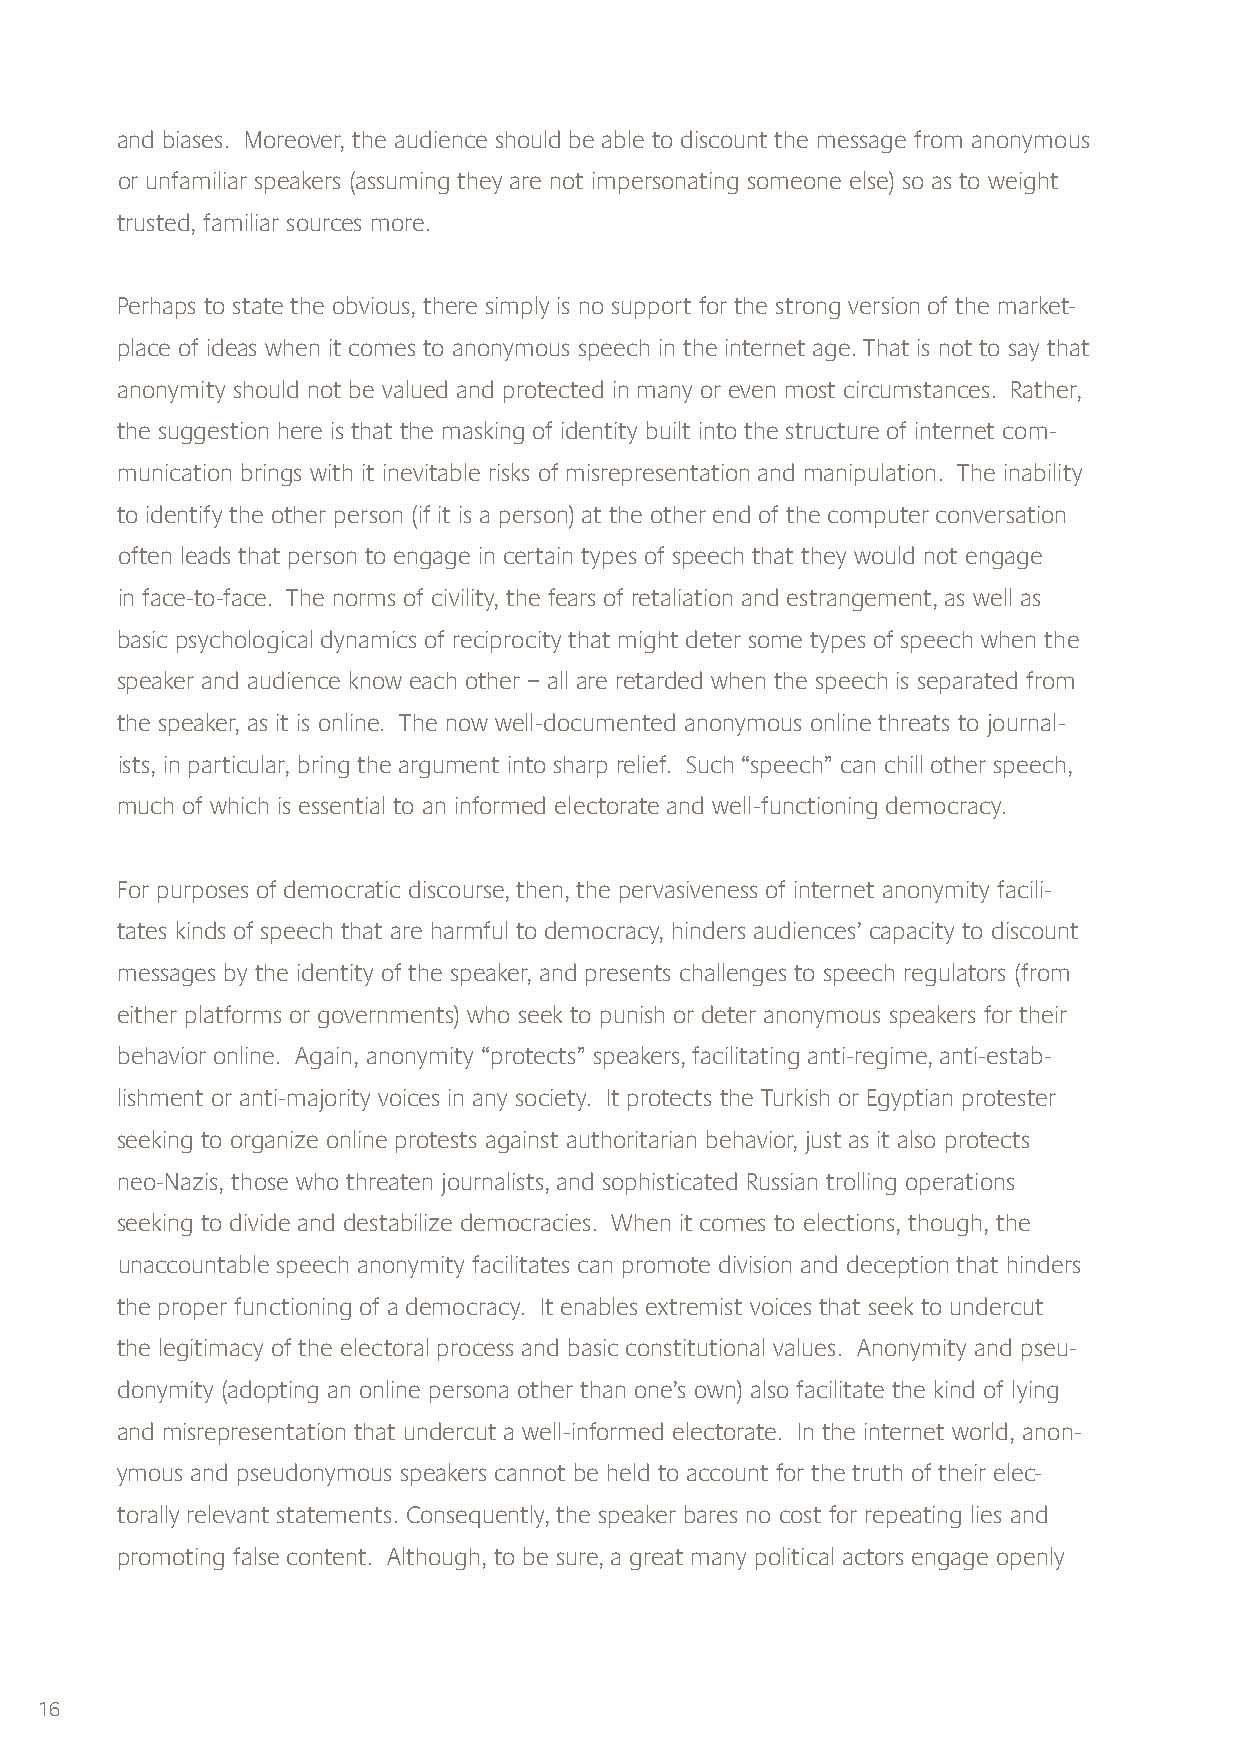
and biases. Moreover, the audience should be able to discount the message from anonymous
 or unfamiliar speakers (assuming they are not impersonating someone else) so as to weight
 trusted, familiar sources more.
 Perhaps to state the obvious, there simply is no support for the strong version of the market-
 place of ideas when it comes to anonymous speech in the internet age. That is not to say that
 anonymity should not be valued and protected in many or even most circumstances. Rather,
 the suggestion here is that the masking of identity built into the structure of internet com-
 munication brings with it inevitable risks of misrepresentation and manipulation. The inability
 to identify the other person (if it is a person) at the other end of the computer conversation
 often leads that person to engage in certain types of speech that they would not engage
 in face-to-face. The norms of civility, the fears of retaliation and estrangement, as well as
 basic psychological dynamics of reciprocity that might deter some types of speech when the
 speaker and audience know each other – all are retarded when the speech is separated from
 the speaker, as it is online. The now well-documented anonymous online threats to journal-
 ists, in particular, bring the argument into sharp relief. Such “speech” can chill other speech,
 much of which is essential to an informed electorate and well-functioning democracy.
 For purposes of democratic discourse, then, the pervasiveness of internet anonymity facili-
 tates kinds of speech that are harmful to democracy, hinders audiences’ capacity to discount
 messages by the identity of the speaker, and presents challenges to speech regulators (from
 either platforms or governments) who seek to punish or deter anonymous speakers for their
 behavior online. Again, anonymity “protects” speakers, facilitating anti-regime, anti-estab-
 lishment or anti-majority voices in any society. It protects the Turkish or Egyptian protester
 seeking to organize online protests against authoritarian behavior, just as it also protects
 neo-Nazis, those who threaten journalists, and sophisticated Russian trolling operations
 seeking to divide and destabilize democracies. When it comes to elections, though, the
 unaccountable speech anonymity facilitates can promote division and deception that hinders
 the proper functioning of a democracy. It enables extremist voices that seek to undercut
 the legitimacy of the electoral process and basic constitutional values. Anonymity and pseu-
 donymity (adopting an online persona other than one’s own) also facilitate the kind of lying
 and misrepresentation that undercut a well-informed electorate. In the internet world, anon-
 ymous and pseudonymous speakers cannot be held to account for the truth of their elec-
 torally relevant statements. Consequently, the speaker bares no cost for repeating lies and
 promoting false content. Although, to be sure, a great many political actors engage openly
 16